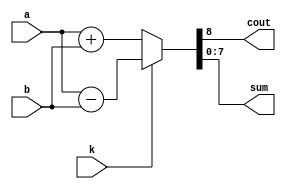
module adder_subtractor_8bits(
    input [7:0] a,
    input [7:0] b,
    input k,
    output reg cout,
    output reg [7:0] sum
);

always @(*) begin

if(k==0) begin
{cout,sum} = a+b; 
end
else begin
{cout,sum} = a-b;
end

end

endmodule